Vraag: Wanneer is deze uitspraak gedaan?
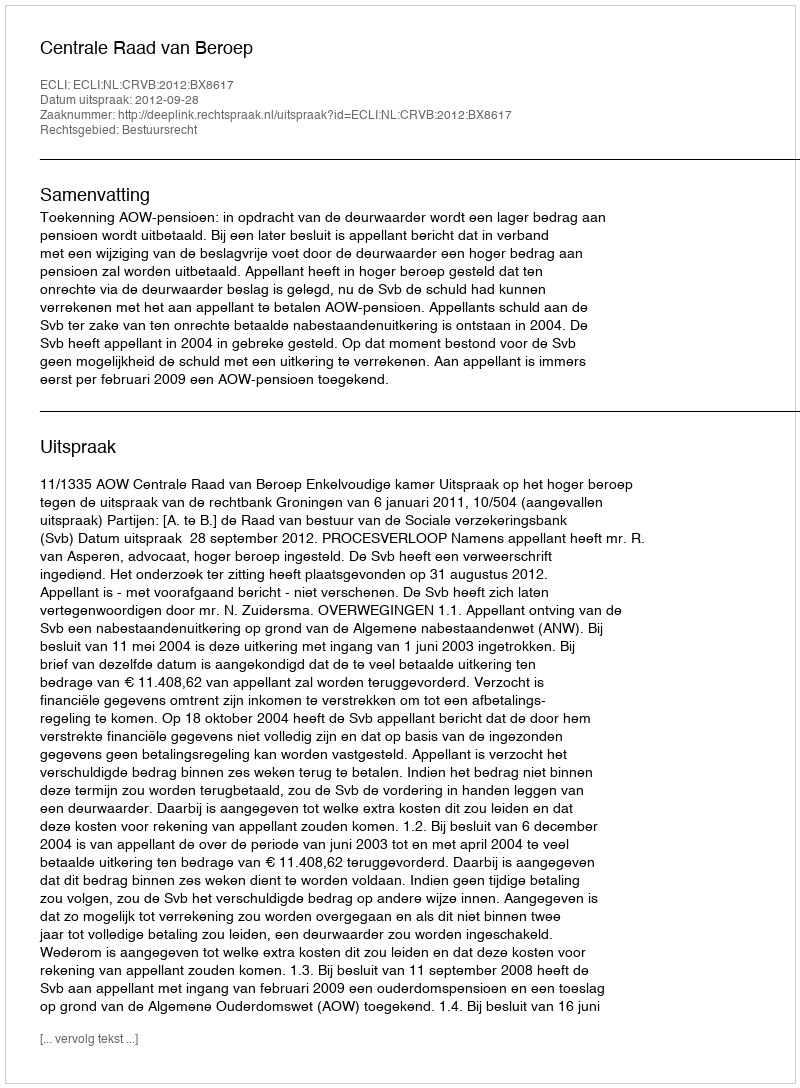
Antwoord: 2012-09-28